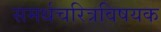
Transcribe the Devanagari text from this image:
समर्थचरित्रविषयक